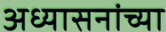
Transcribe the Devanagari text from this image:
अध्यासनांच्या